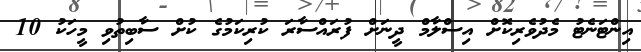
އިންޓަނެޓު މެދުވެރިކޮށް އިސްލާމް ދީނަށް ފުރައްސާރަ ކުރިކަމުގެ ކުށް ސާބިތުވި މީހަކު 10